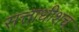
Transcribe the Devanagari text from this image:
सत्ताधीशच